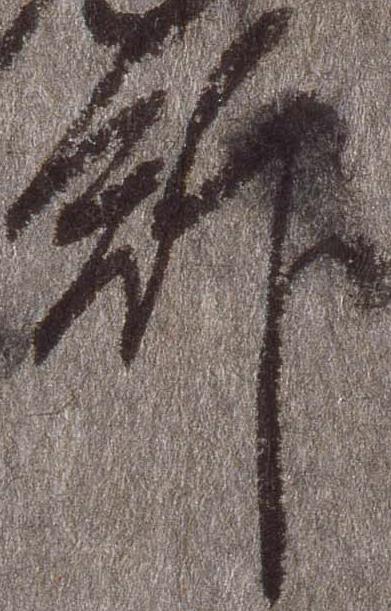
館